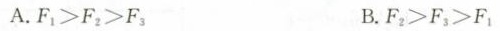
A.F^{1}≥F^{2}>F^{3} B.F^{2}>F^{3}>F^{1}